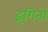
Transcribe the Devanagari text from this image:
इंगितों